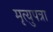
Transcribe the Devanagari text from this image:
मृत्युपत्रा